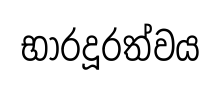
භාරදූරත්වය